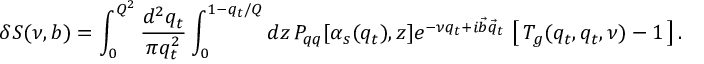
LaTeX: \delta S ( \nu , b ) = \int _ { 0 } ^ { Q ^ { 2 } } \frac { d ^ { 2 } q _ { t } } { \pi q _ { t } ^ { 2 } } \int _ { 0 } ^ { 1 - q _ { t } / Q } d z \, P _ { q q } [ \alpha _ { s } ( q _ { t } ) , z ] e ^ { - \nu q _ { t } + i \vec { b } \vec { q } _ { t } } \, \left[ \, T _ { g } ( q _ { t } , q _ { t } , \nu ) - 1 \, \right] .